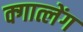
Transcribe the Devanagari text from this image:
क्गात्लेंग